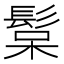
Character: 𩭚